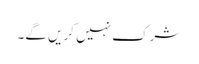
شرک نہیں کریں گے۔